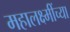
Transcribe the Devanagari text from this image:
महालक्ष्मींच्या